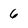
Character: 6